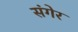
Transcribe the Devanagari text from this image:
संगेर